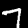
Label: 7